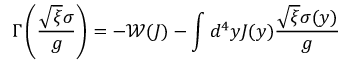
\Gamma \left( \frac { \sqrt { \xi } \sigma } { g } \right) = - \mathcal { W } ( J ) - \int d ^ { 4 } y J ( y ) \frac { \sqrt { \xi } \sigma ( y ) } { g }